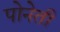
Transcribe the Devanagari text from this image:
पोनेती